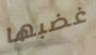
غضبها